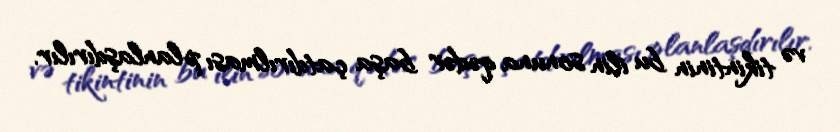
və tikintinin bu ilin sonuna qədər başa çatdırılması planlaşdırılır.